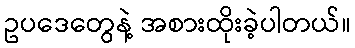
ဥပဒေတွေနဲ့ အစားထိုးခဲ့ပါတယ်။